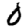
Digit: 0